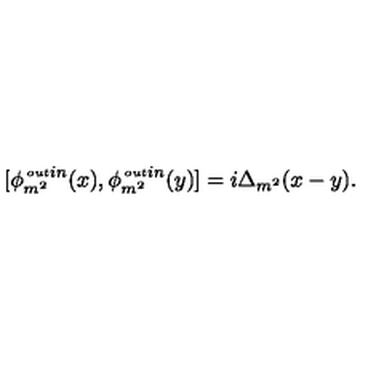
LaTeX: [ \phi _ { m ^ { 2 } } ^ { { \tiny \begin{matrix} { o u t } \\ { i n } \\ \end{matrix} } } ( x ) , \phi _ { m ^ { 2 } } ^ { { \tiny \begin{matrix} { o u t } \\ { i n } \\ \end{matrix} } } ( y ) ] = i \Delta _ { m ^ { 2 } } ( x - y ) .